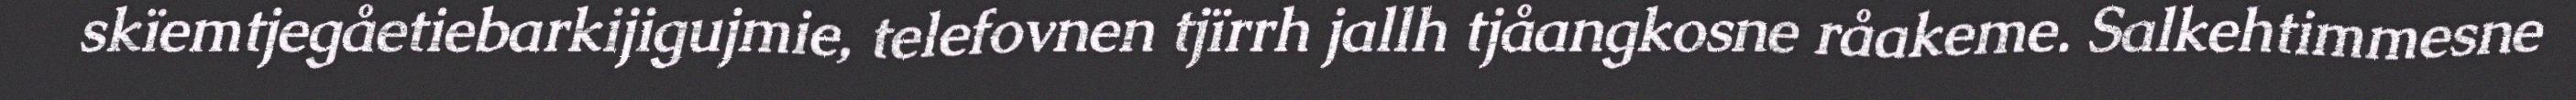
skïemtjegåetiebarkijigujmie, telefovnen tjïrrh jallh tjåangkosne råakeme. Salkehtimmesne